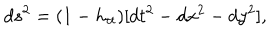
d s ^ { 2 } = ( 1 - h _ { t t } ) [ d t ^ { 2 } - d x ^ { 2 } - d y ^ { 2 } ] ,